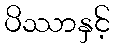
ပိဿာနှင့်